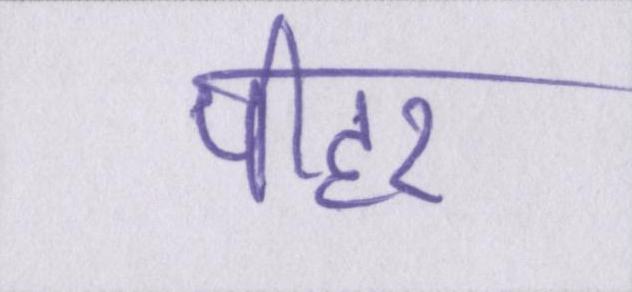
पीहर